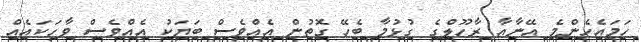
ހަމައެހެންމެ އޭނާއާ ރާހޫލްގެ ގުޅުމާ ބެހޭ ގޮތުން އެއްވެސް ބަޔަކު އެއްވެސް ވާހަކައެއް